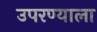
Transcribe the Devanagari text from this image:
उपरण्याला